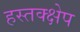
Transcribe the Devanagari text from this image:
हस्तक्क्षेप